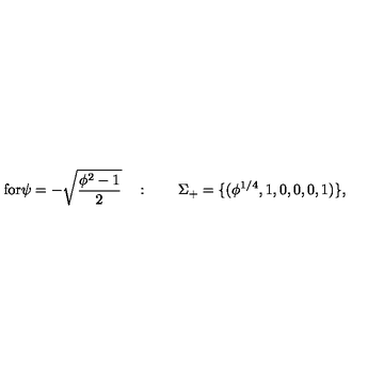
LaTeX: \mathrm { f o r \psi = - \sqrt { \frac { \phi ^ 2 - 1 } { 2 } } } \quad : \qquad \Sigma _ { + } = \{ ( \phi ^ { 1 / 4 } , 1 , 0 , 0 , 0 , 1 ) \} ,